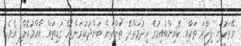
ރޭތަކުގައި ފިހާރަ ތަކާއި ކެއިންބުއިމުގެ ހިދުމަތްދޭ ތަންތަން ބަންދުކުރަންޖެހޭ ގަޑިތައް އާއްމުކޮށްފި އެވެ.